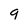
Character: 9